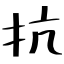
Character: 抗